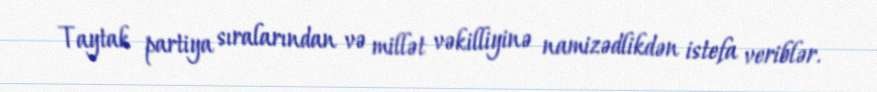
Taytak partiya sıralarından və millət vəkilliyinə namizədlikdən istefa veriblər.